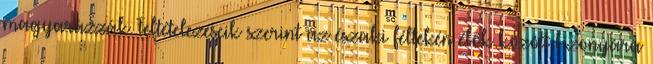
magyarázzák. Feltételezéseik szerint az északi féltekén élők között bizonyára